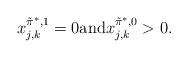
LaTeX: \begin{align*} x_{j,k}^{\tilde\pi^*,1}=0\mbox{and}x_{j,k}^{\tilde\pi^*,0}>0.\end{align*}